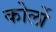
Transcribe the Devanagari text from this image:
कोर्लो